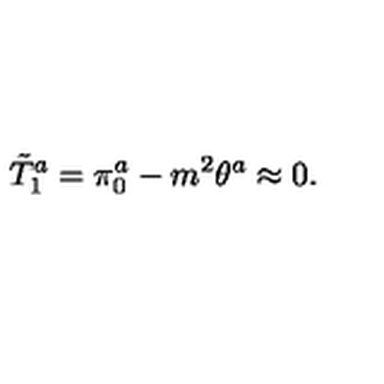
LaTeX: \tilde { T } _ { 1 } ^ { a } = \pi _ { 0 } ^ { a } - m ^ { 2 } \theta ^ { a } \approx 0 .